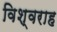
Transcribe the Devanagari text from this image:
विश्वराह